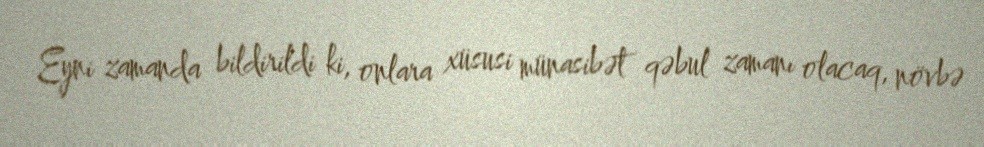
Eyni zamanda bildirildi ki, onlara xüsusi münasibət qəbul zamanı olacaq, növbə